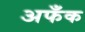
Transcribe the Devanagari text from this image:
अफँक